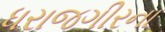
ધરાજગીરના